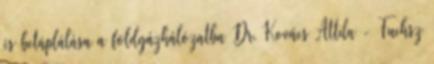
és betáplálása a földgázhálózatba Dr. Kovács Attila - Fuchsz